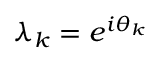
\lambda _ { k } = e ^ { i \theta _ { k } }